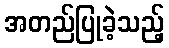
အတည်ပြုခဲ့သည့်